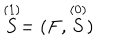
\stackrel { ( 1 ) } { S } = ( F , \stackrel { ( 0 ) } { S } )